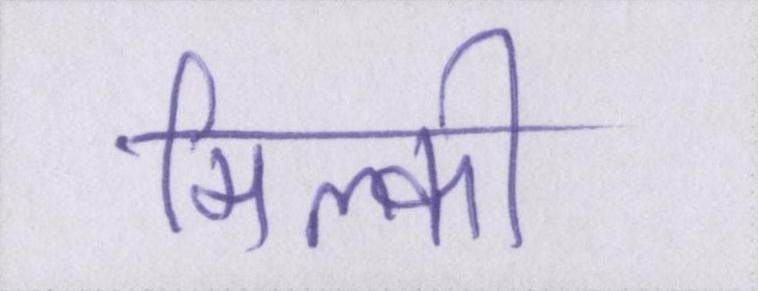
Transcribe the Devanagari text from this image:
मिल्की